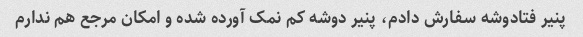
پنیر فتادوشه سفارش دادم، پنیر دوشه کم نمک آورده شده و امکان مرجع هم ندارم